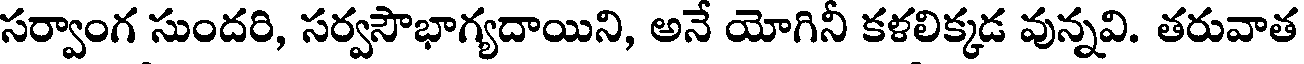
సర్వాంగ సుందరి, సర్వసౌభాగ్యదాయిని, అనే యోగినీ కళలిక్కడ వున్నవి. తరువాత